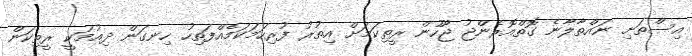
އިސްތަށި ނައްތާލާނެ ގޮތްއޮރެންޖު ޖޫހުން ރީތިކަމަށް އިތުރު ފުރިހަމަކަމެއްފަތިހު ހިނގަން ދިއުމަކީ ރީތިކަން